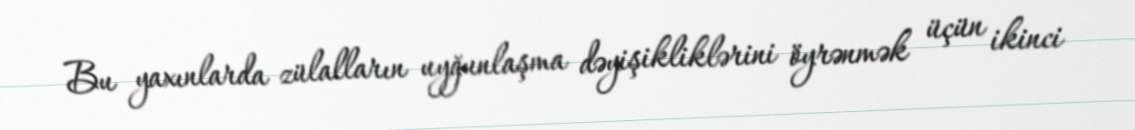
Bu yaxınlarda zülalların uyğunlaşma dəyişikliklərini öyrənmək üçün ikinci